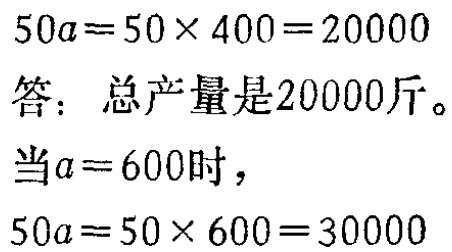
\[

\begin{align*}

50a&=50\times400 = 20000\\

\end{align*}

\]

答：总产量是20000斤。

当\(a = 600\)时，

\[

\begin{align*}

50a&=50\times600=30000

\end{align*}

\]